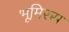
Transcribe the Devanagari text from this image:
भूमिरस